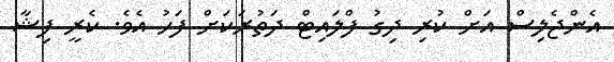
އެންޖެލިސް އަށް ކުރި ދިގު ފްލައިޓް ދަތުރަކަށް ފަހު އެވެ. ކެރީ ފިޝާ